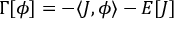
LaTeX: \Gamma [ \phi ] = - \langle J , \phi \rangle - E [ J ]